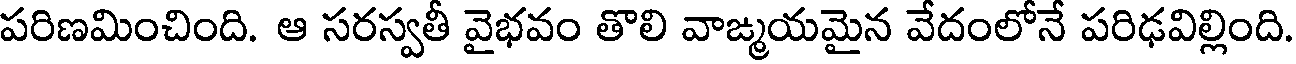
పరిణమించింది. ఆ సరస్వతీ వైభవం తొలి వాఙ్మయమైన వేదంలోనే పరిఢవిల్లింది